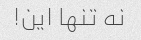
نه تنها این!